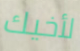
لأخيك